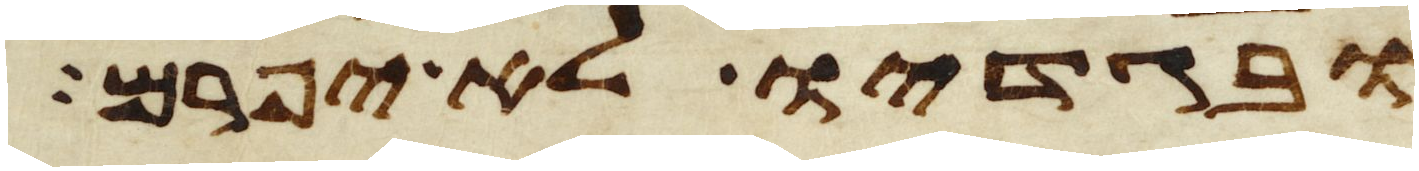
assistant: ובגדיו לא יפרם